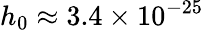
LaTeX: h_{0}\approx 3.4\times 10^{-25}